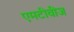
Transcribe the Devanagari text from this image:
एमटीवीज